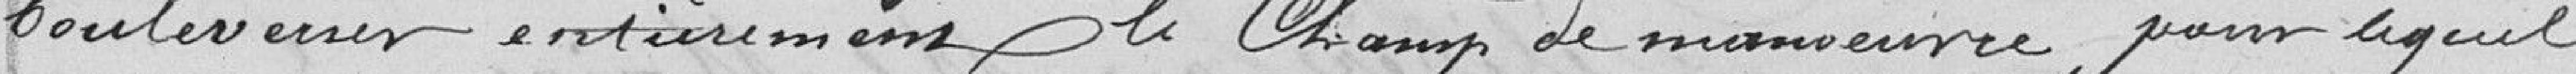
bouleverser entièrement le Champ de Manoeuvre pour lequel